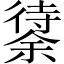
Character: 𱝸